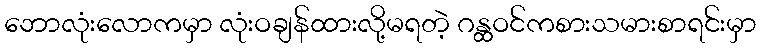
ဘောလုံးလောကမှာ လုံးဝချန်ထားလို့မရတဲ့ ဂန္ထဝင်ကစားသမားစာရင်းမှာ